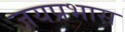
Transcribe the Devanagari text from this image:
जयप्रभास